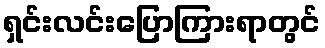
ရှင်းလင်းပြောကြားရာတွင်